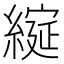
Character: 𮈶